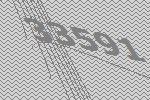
33591